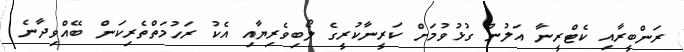
ރަންބީރާއި ކެޓްރީނާ އަލުން ގުޅުވުމަށް ކަރީނާކުރީގެ ލޯބިވެރިޔާއި އެކު ރަހުމަތްތެރިކަން ބޭއްވިދާނެ